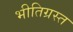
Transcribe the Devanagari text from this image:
भीतिग्रस्त